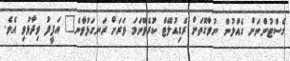
ގެސްޓުންނަށް ގެއްލުން ނުވާގޮތަށް ރެގިއުލޭޓް ކުރެވޭނަމަ ވަރަށް ރަނގަޅުވާނެ" އަފީފު ވިދާޅުވި އެވެ.